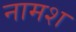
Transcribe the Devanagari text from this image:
नामश